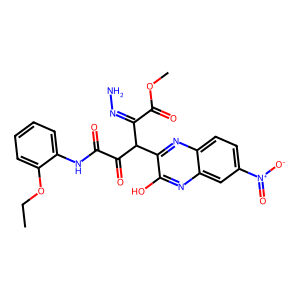
SMILES: CCOc1ccccc1NC(=O)C(=O)C(C(=NN)C(=O)OC)c1nc2ccc([N+](=O)[O-])cc2nc1O
Inhibits HIV replication: No